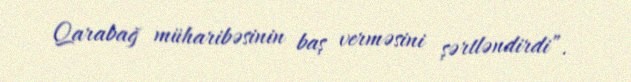
Qarabağ müharibəsinin baş verməsini şərtləndirdi”.